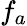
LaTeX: f_{a}